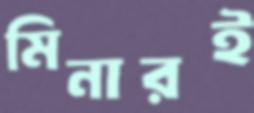
মিনারই